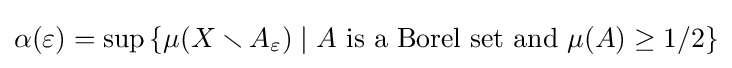
\alpha (\varepsilon )=\sup \left\{\mu (X\smallsetminus A_{\varepsilon })\mid A{\text{ is a Borel set and }}\mu (A)\geq 1/2\right\}